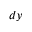
d y